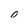
Character: 0